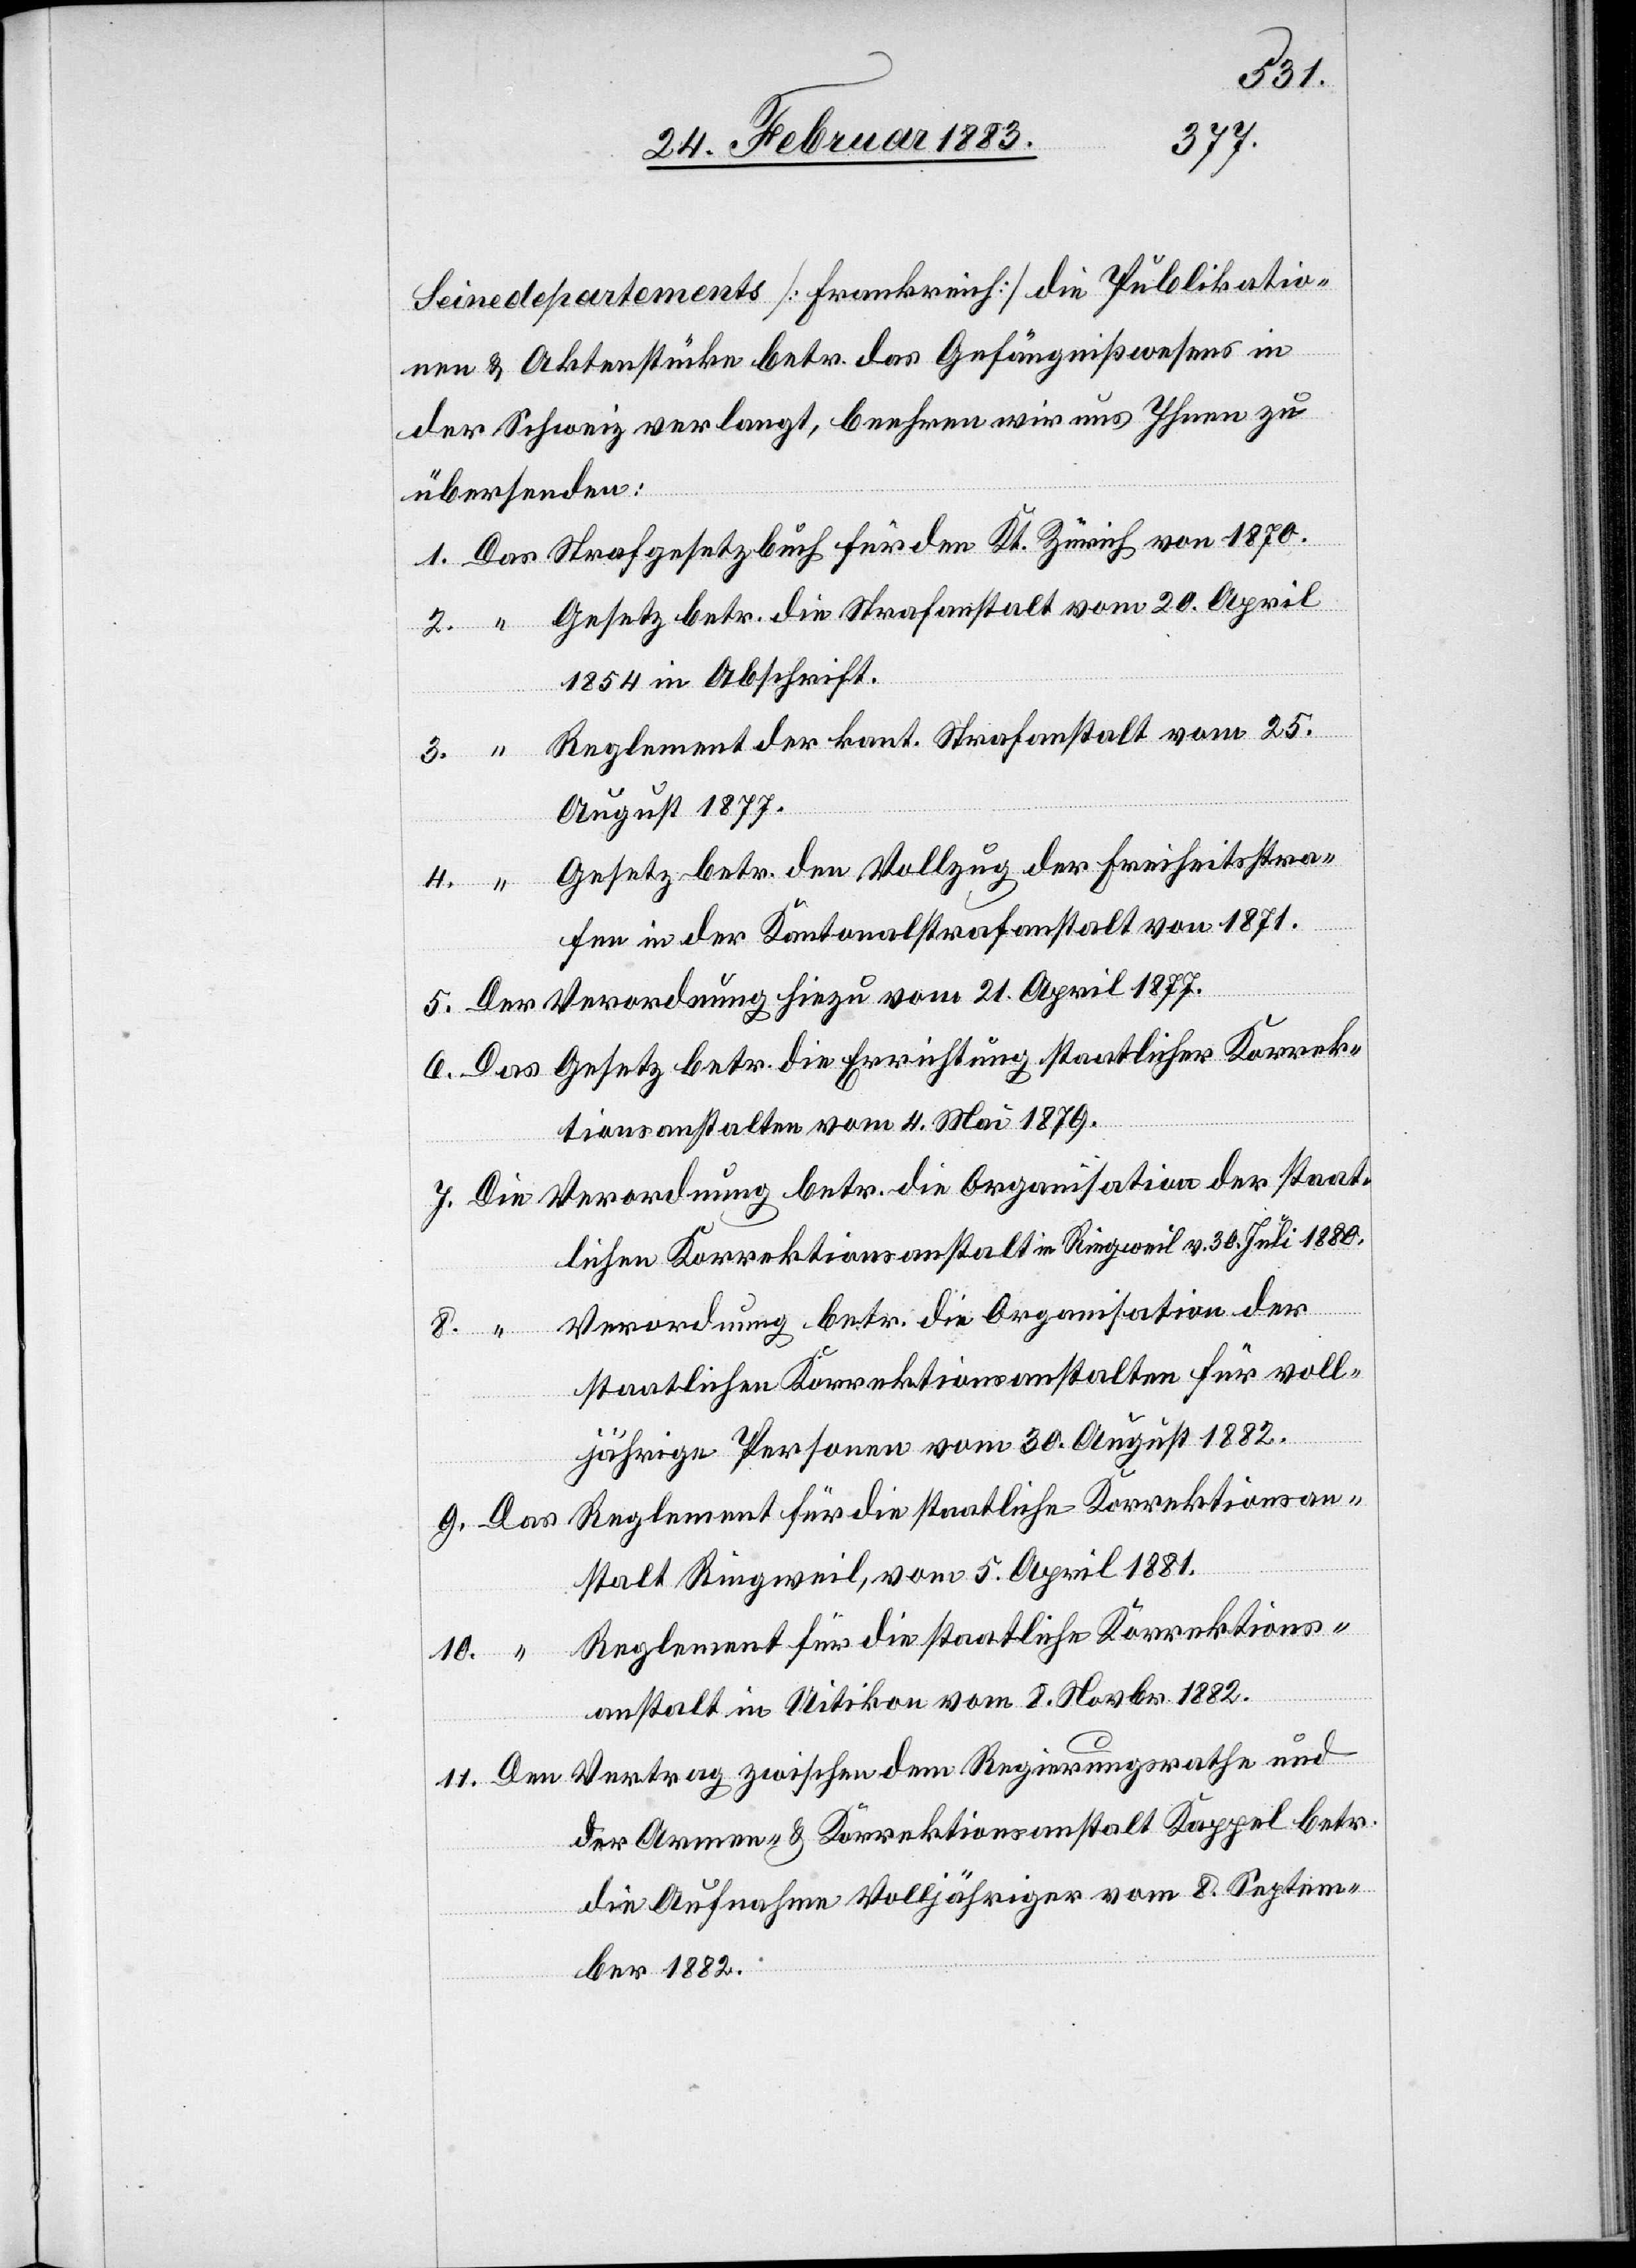
11.
1877.
Seinedepartements [Frankreich] die Publikatio¬
nen & Aktenstücke betr. das Gefängnißwesen in
der Schweiz verlangt, beehren wir uns Ihnen zu
an¬
übersenden:
Gesetz betr. die Strafanstalt vom 20. April
den Kt.
1854 in Abschrift.
Reglement der kant. Strafanstalt vom 25.
August 1877.
Gesetz betr. den Vollzug der Freiheitsstra¬
4.
fen in der Kantonalstrafanstalt von 1871.
tionsanstalten vom 4. Mai 1879.
lichen Korrektionsanstalt in Ringweil v. 30. Juli 1880.
Verordnung betr. die Organisation der
Regierungsrathe
staatlichen Korrektionsanstalten für voll¬
jährige Personen vom 30. August 1882.
stalt Ringweil, vom 5. April 1881.
Reglement für die staatliche Korrektions¬
anstalt in Uitikon vom 8. Novbr. 1882.
der Armen- & Korrektionsanstalt Kappel betr.
die Aufnahme Volljähriger vom 8. Septem¬
ber 1882.

und